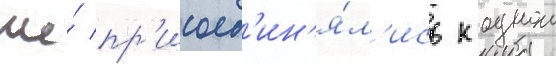
же́ пр'исоед'ин'я́л'ись к однои